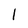
Character: 1